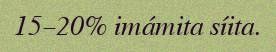
15–20% imámita síita.